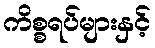
ကိစ္စရပ်များနှင့်